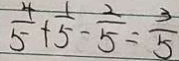
\frac { 4 } { 5 } + \frac { 1 } { 5 } - \frac { 2 } { 5 } = \frac { 3 } { 5 }